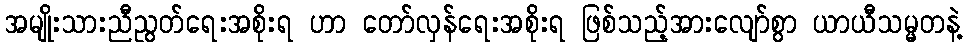
အမျိုးသားညီညွတ်ရေးအစိုးရ ဟာ တော်လှန်ရေးအစိုးရ ဖြစ်သည့်အားလျော်စွာ ယာယီသမ္မတနဲ့